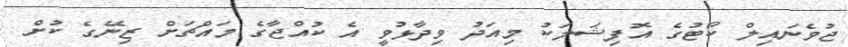
ޖުވެނައިލް ކޯޓުގެ އޮފިޝަލަކު މިއަދު ވިދާޅުވީ އެ ކުއްޖާގެ މައްޗަށް ޒިނޭގެ ކުށް